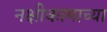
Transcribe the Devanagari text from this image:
नक्षीकामाच्या